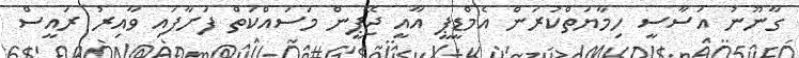
ގާނޫނު އަސާސީ ހިމާޔަތްކުރަން އެމްޑީޕީ އާއީ ޖޭޕީން މަސައްކަތް ފަށާފައި ވާއިރު ރައީސް